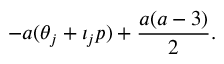
- a ( \theta _ { j } + \iota _ { j } p ) + \frac { a ( a - 3 ) } { 2 } .